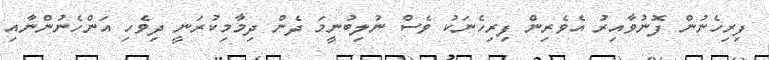
ފިރިހެނުން ފޮނުވާއިރު އެވެރިން ފިރިހެނަކު ވެސް ނުލިބުނީމަ ދެން ދިމާމިކުރަނީ ދިވެހި އަންހެނުންނާއި